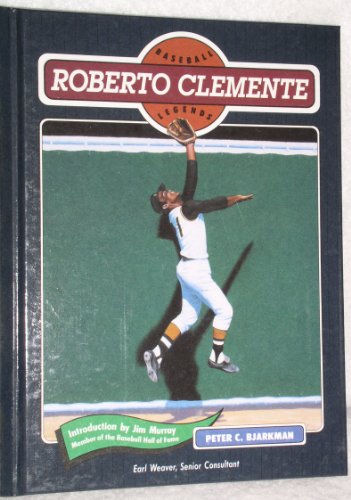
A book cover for Roberto Clemente (Baseball Legends); Peter C. Bjarkman; Teen & Young Adult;